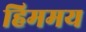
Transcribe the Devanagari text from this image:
हिममय